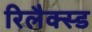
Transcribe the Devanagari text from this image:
रिलैक्स्ड